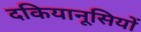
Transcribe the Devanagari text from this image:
दकियानूसियों